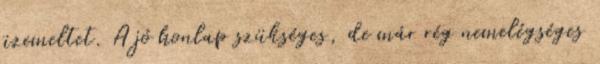
üzemeltet. A jó honlap szükséges, de már rég nemelégséges